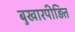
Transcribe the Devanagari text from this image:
बुखारपीड़ित